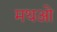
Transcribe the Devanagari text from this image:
मथओ